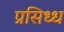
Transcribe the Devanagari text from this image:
प्रसिध्‍ध